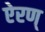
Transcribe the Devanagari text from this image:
ऐरण्